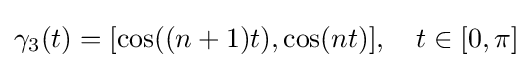
\gamma _{3}(t)=[\cos((n+1)t),\cos(nt)],\quad t\in [0,\pi ]